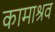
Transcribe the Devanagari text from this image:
कामाश्रव